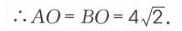
\(\therefore AO = BO = 4\sqrt{2}\).